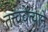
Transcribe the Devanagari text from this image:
तत्त्ववेत्याने